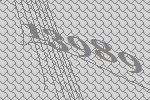
13989